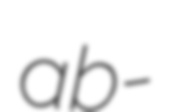
ab-